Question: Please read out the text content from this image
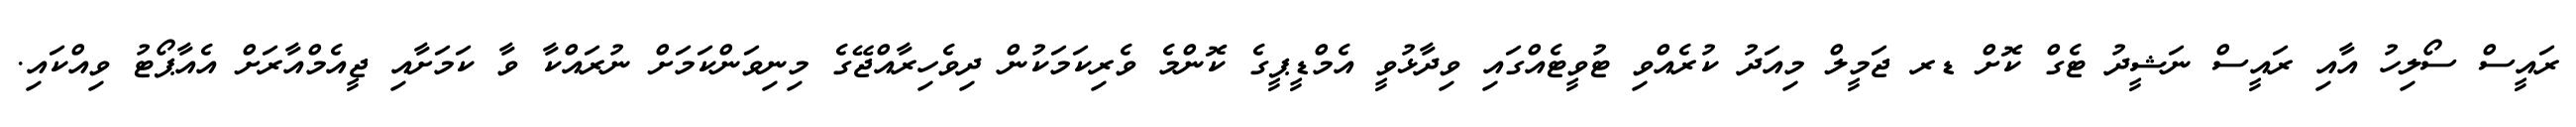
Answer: ރައީސް ސޯލިހު އާއި ރައީސް ނަޝީދު ޓެގް ކޮށް ޑރ ޖަމީލް މިއަދު ކުރެއްވި ޓުވީޓެއްގައި ވިދާޅުވީ އެމްޑީޕީގެ ކޮންމެ ވެރިކަމަކުން ދިވެހިރާއްޖޭގެ މިނިވަންކަމަށް ނުރައްކާ ވާ ކަމަށާއި ޖީއެމްއާރަށް އެއާޕޯޓު ވިއްކައި.